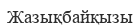
Жазықбайқызы